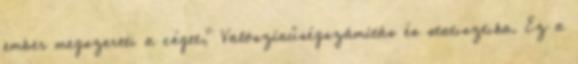
ember megszereti a céget," Valószínűségszámítás és statisztika. Ez a